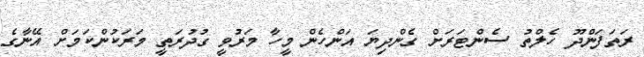
ރަތަފަންދޫ ހެލްތު ސެންޓަރަށް ގެންދިޔަ އަންހެން މީހާ މަރުވީ ގުދުރަތީ މަރަކުންކަމަށް އޭނާގެ